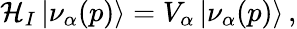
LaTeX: \mathcal{H}_{I}\left|\nu_{\alpha}(p)\right\rangle=V_{\alpha}\left|\nu_{\alpha}(p)\right\rangle\, ,